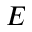
E